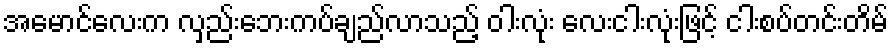
အမောင်လေးက လှည်းဘေးကပ်ချည်လာသည့် ဝါးလုံး လေးငါးလုံးဖြင့် ငါးစပ်တင်းတိမ်